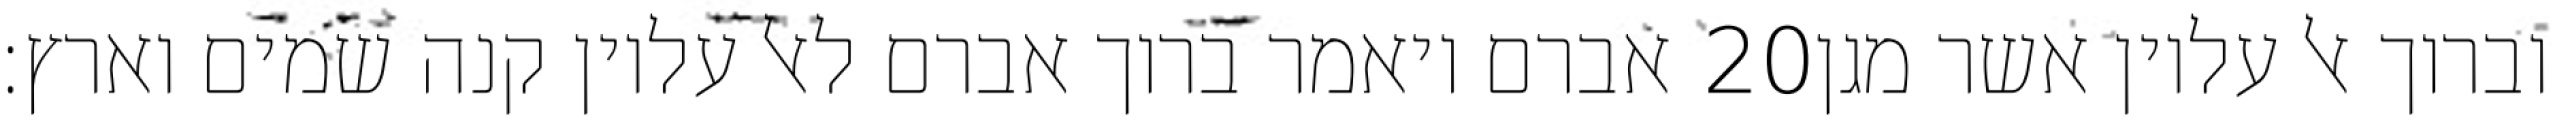
אברם ויאמר ברוך אברם לאל עליון קנה שמים וארץ׃ ‎20‏ וברוך אל עליון אשר מגן